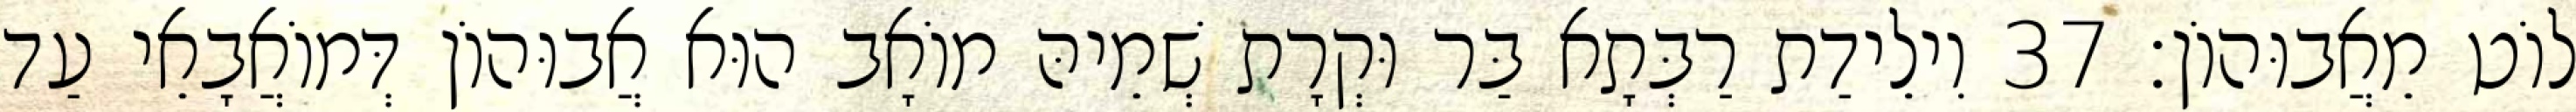
לוֹט מֵאֲבוּהוֹן׃ 37 וִילֵידַת רַבְּתָא בַּר וּקְרָת שְׁמֵיהּ מוֹאָב הוּא אֲבוּהוֹן דְּמוֹאֲבָאֵי עַד